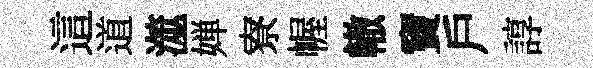
這道澨婵寮幄轍竇戶諄